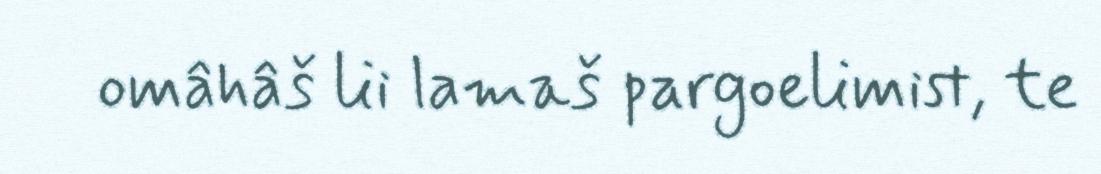
omâhâš lii lamaš pargoelimist, te